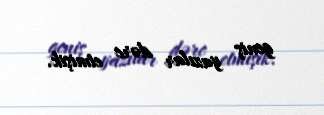
geniş yazılar dərc etmişik.